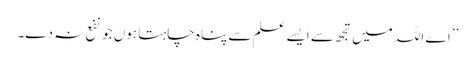
’’اے اللہ میں تجھ سے ایسے علم سے پناہ چاہتا ہوں جو نفع نہ دے۔